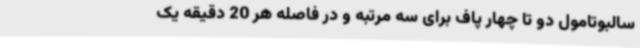
سالبوتامول دو تا چهار پاف برای سه مرتبه و در فاصله هر 20 دقیقه یک